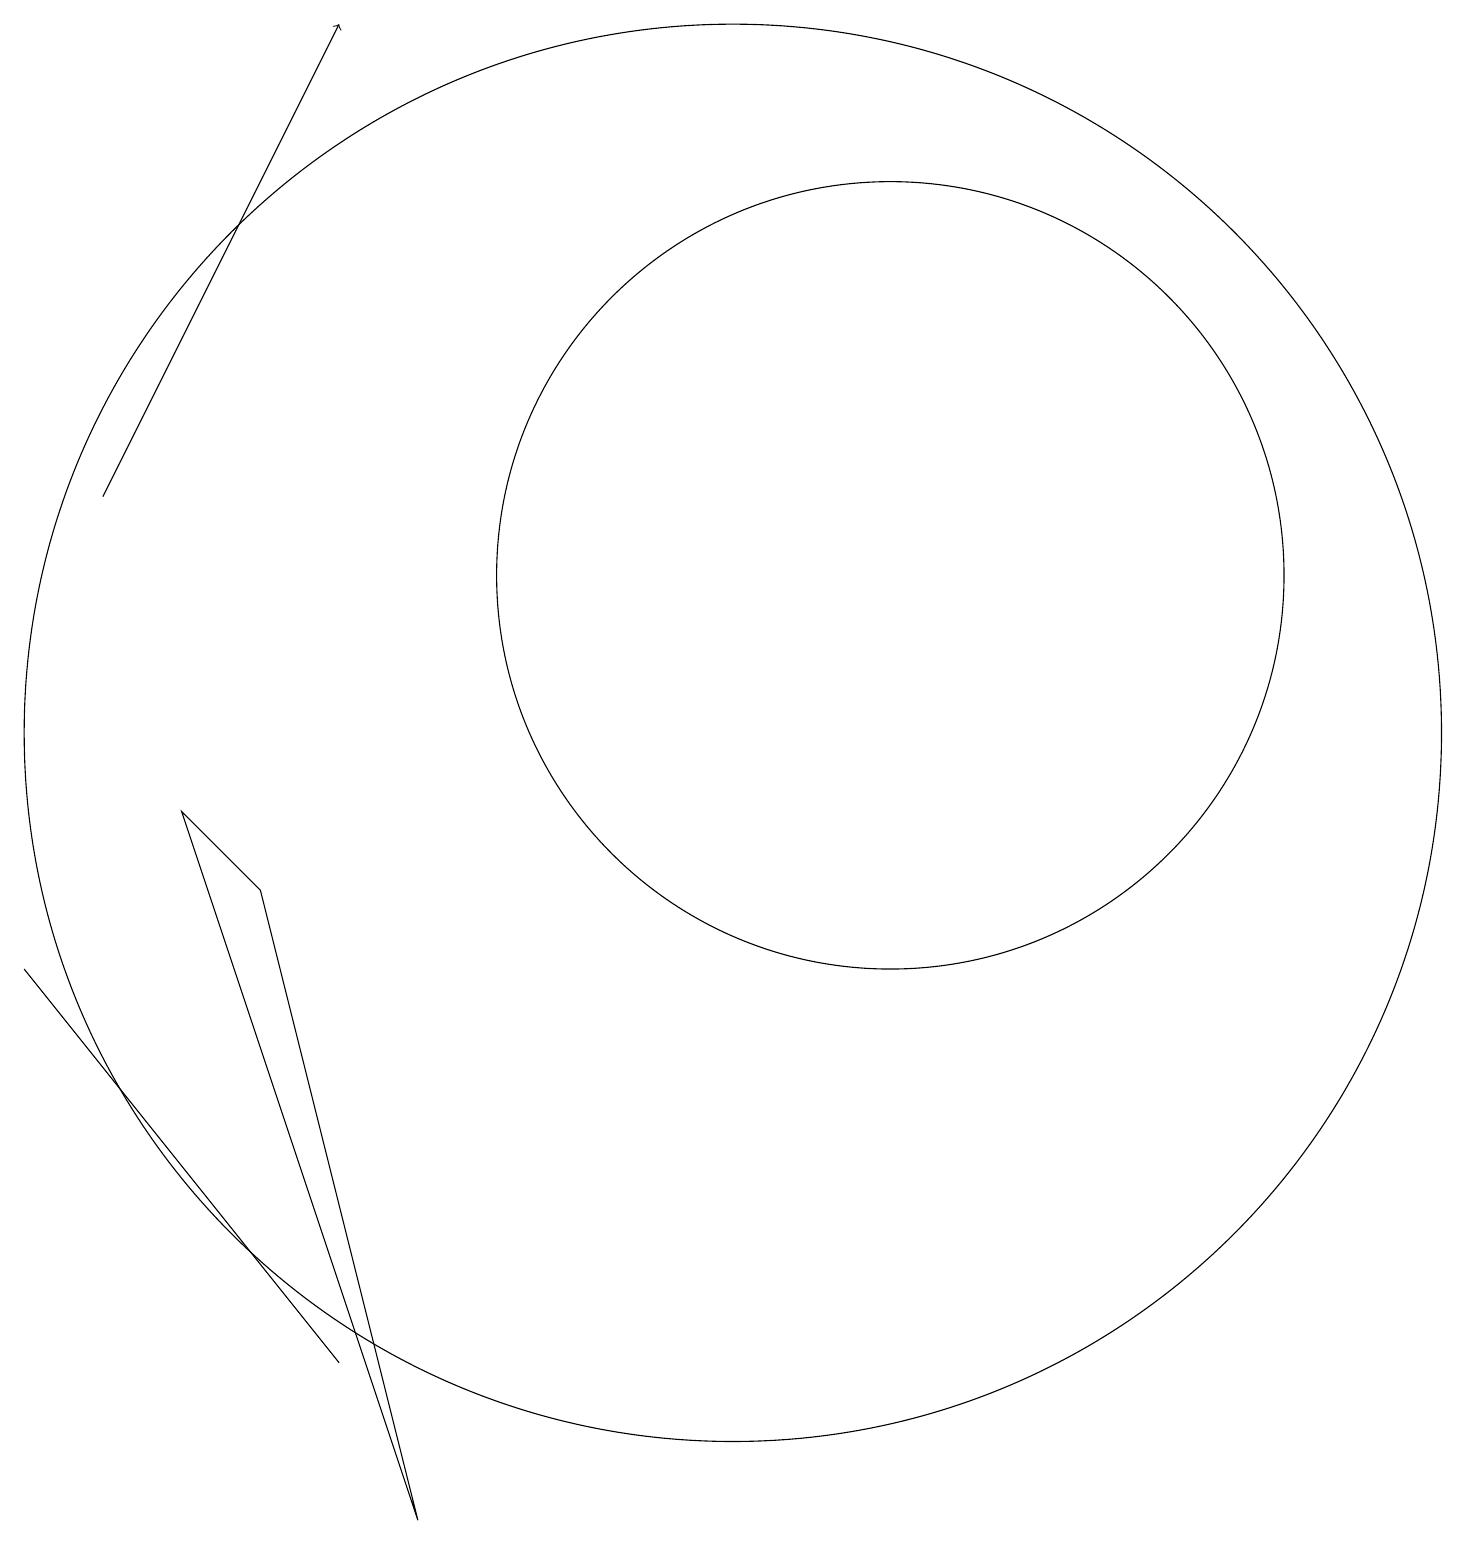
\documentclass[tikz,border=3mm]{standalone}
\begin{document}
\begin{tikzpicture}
\draw (1,7) -- (5,2) -- (5,2) -- cycle;
\draw[->] (2,13) -- (5,19);
\draw (12,12) circle (5);
\draw (10,10) circle (9);
\draw (3,9) -- (6,0) -- (4,8) -- cycle;
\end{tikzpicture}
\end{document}